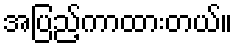
အပြည့်ကာထားတယ်။